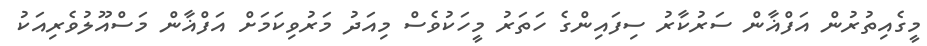
މީގެއިތުރުން އަފްޣާން ސަރުކާރު ސިފައިންގެ ހަތަރު މީހަކުވެސް މިއަދު މަރުވިކަމަށް އަފްޣާން މަސްއޫލުވެރިއަކު